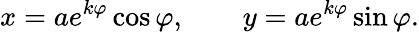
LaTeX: x=ae^{k\varphi}\cos\varphi,\qquad y=ae^{k\varphi}\sin\varphi.